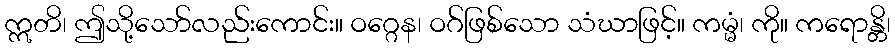
ဣတိ၊ ဤသို့သော်လည်းကောင်း။ ဝဂ္ဂေန၊ ဝဂ်ဖြစ်သော သံဃာဖြင့်။ ကမ္မံ၊ ကို။ ကရောန္တိ၊